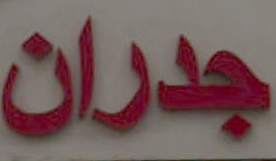
جدران